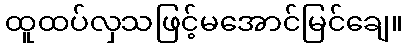
ထူထပ်လှသဖြင့်မအောင်မြင်ချေ။